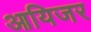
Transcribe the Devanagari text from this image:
आयिजर